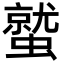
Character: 𮕀